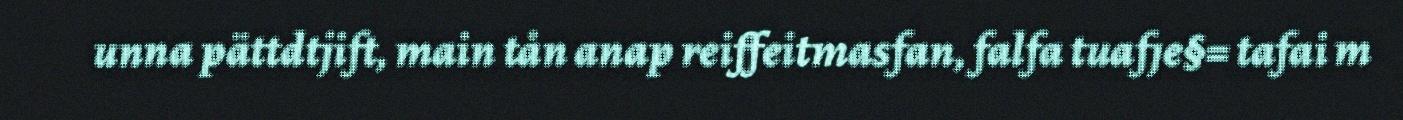
unna pättdtjift, main tån anap reiffeitmasfan, falfa tuafje§= tafai m